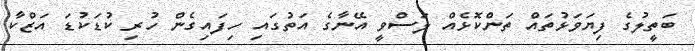
ބަތީލުގެ ފިޔަވަޅުތައް ތަންކޮޅެއް ލަސްވީ އޭނާގެ އަތުގައި ހިފައިގެން ހުރި ކުޑަކުޑަ އަޒްކާ